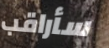
سأراقب